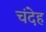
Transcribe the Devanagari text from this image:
चंदेह